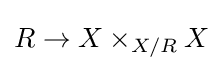
R\to X\times _{X/R}X\,\!